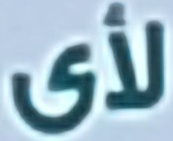
لأى